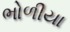
ભોળીયા